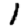
Digit: 1